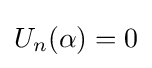
U_{n}(\alpha )=0\,\!